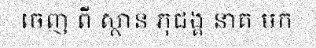
ចេញ ពី ស្ថាន ភុជង្គ នាគ មក